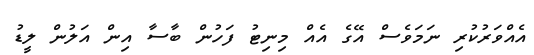
އެއްވަރުކުރި ނަމަވެސް އޭގެ އެއް މިނިޓު ފަހުން ބާސާ އިން އަލުން ލީޑު